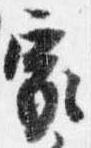
家